Annual report on the lock hospitals of the Madras Presidency
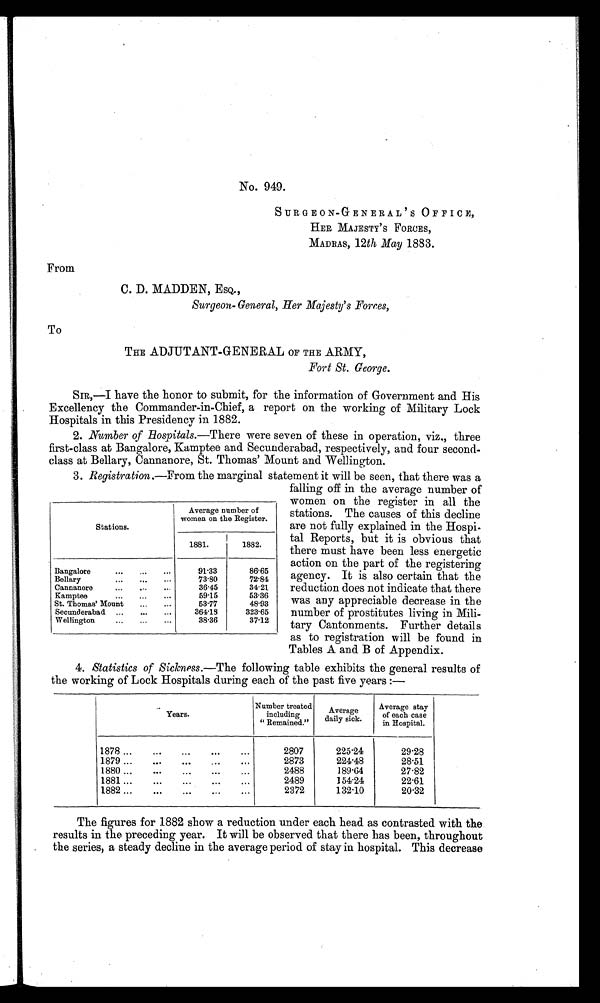
No. 949.
SURGEON-GENERAL ' S OFFICE,
HER MAJESTY ' S FORCES,
MADRAS, 12th May 1883.
From
C. D. MADDEN, ESQ.,
Surgeon- General, Her Majesty's Forces,
To
THE ADJUTANT-GENERAL OF THE ARMY,
Fort St. George.
SIR,—I have the honor to submit, for the information of Government and His
Excellency the Commander-in-Chief, a report on the working of Military Lock
Hospitals in this Presidency in 1882.
2. Number of Hospitals.— There were seven of these in operation, viz., three
first-class at Bangalore, Kamptee and Secunderabad, respectively, and four second-
class at Bellary, Cannanore, St. Thomas' Mount and Wellington.
3. Registration.—From the marginal statement it will be seen, that there was a
falling off in the average number of
women on the register in all the
stations. The causes of this decline
are not fully explained in the Hospi-
tal Reports, but it is obvious that
there must have been less energetic
action on the part of the registering
agency. It is also certain that the
reduction does not indicate that there
was any appreciable decrease in the
number of prostitutes living in Mili-
tary Cantonments. Further details
as to registration will be found in
Tables A and B of Appendix.
4. Statistics of Sickness.—The following table exhibits the general results of
the working of Lock Hospitals during each of the past five years :—
Years.
Number treated
including "Remained."
Average
daily sick.
Average stay
of each case
in Hospital.
1 8 7 8
. . .
. . .
. . .
. . .
. . .
2807
225·24
29·28
1 8 7 9
. . .
2873
224·48
28·51
1 8 8 0
. . .
. . .
. . .
. . .
. . .
2488
189·64
27·82
1 8 8 1
. . .
. . .
. . .
. . .
. . .
2489
154·24
22·61
1 8 8 2
. . .
. . .
. . .
. . .
. . .
2372
132·10
20·32
The figures for 1882 show a reduction under each head as contrasted with the
results in the preceding year. It will be observed that there has been, throughout
the series, a steady decline in the average period of stay in hospital. This decrease
Stations.
Average number of
women on the Register.
1881.
1882.
Bangalore
...
...
...
91·33
86·65
Bellary
...
...
...
73·80
72·84
Cannanore
...
36·45
34·21
Kamptee
...
...
...
59·15
53·36
St. Thomas' Mount
...
...
53·77
48·93
Secunderabad ...
...
...
364·18
323·65
Wellington
...
...
...
38·36
37·12